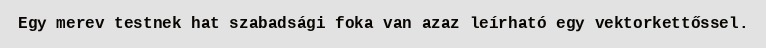
Egy merev testnek hat szabadsági foka van azaz leírható egy vektorkettőssel.